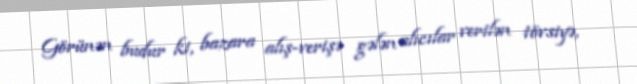
Görünən budur ki, bazara alış-verişə gələn alıcılar verilən tövsiyə,